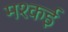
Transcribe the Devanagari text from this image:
मश्कई